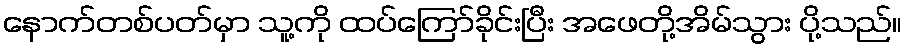
နောက်တစ်ပတ်မှာ သူ့ကို ထပ်ကြော်ခိုင်းပြီး အဖေတို့အိမ်သွား ပို့သည်။